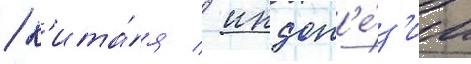
/ к'ита́я / индон'е́з'ии